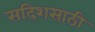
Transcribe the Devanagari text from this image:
सदिशसाठी